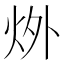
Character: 𪸟